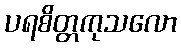
ပရစိတ္တကုသလော